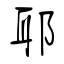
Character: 耶